Studies on the mouth parts a Comparative anatomy of the proboscis in the blood-sucking muscidae - Number 60
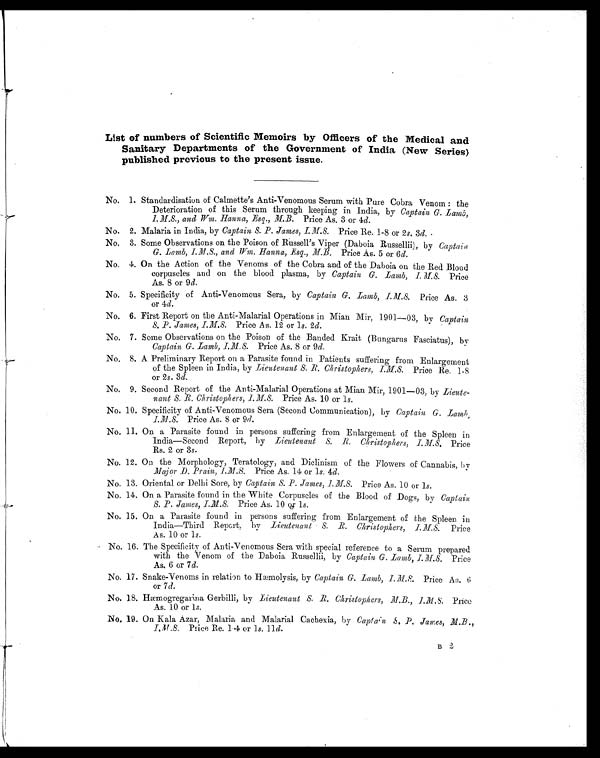
List of numbers of Scientific Memoirs by Officers of the Medical and
Sanitary Departments of the Government of India (New Series)
published previous to the present issue.
No. 1. Standardisation of Calmette's Anti-Venomous Serum with Pure Cobra Venom: the
Deterioration of this Serum through keeping in India, by Captain G. Iamb,
I. M.S., and Wm. Hanna, Esq., M.B. Price As. 3 or 4d.
No. 2. Malaria in India, by Captain S. P. James, I.M.S. Price Re. 1-8 or 2 s . 3 d.
No. 3. Some Observations on the Poison of Russell's Viper (Daboia Russellii), by Captain
G. Lamb, I.M.S., and Wm. Hanna, Esq., M B. Price As. 5 or 6d.
No. 4. On the Action of the Venoms of the Cobra and of the Daboia on the Red. Blood
corpuscles and on the blood plasma, by Captain G. Lamb, I.M.S. Price
As. 8 or 9 d.
No. 5. Specificity of Anti-Venomous Sera, by Captain G. Lamb,I.M.S.
Price As. 3
or 4d.
No. 6. First Report on the Anti-Malarial Operations in Mian Mir, 1901-03, by Captain
s. P. James, I.M.S. Price As. 12 or ls. 2d.
No. 7. Some Observations on the Poison of the Banded Krait (Bungarus Fasciatus), by
Captain G. Lamb,I M S
Price As. 8 or 9d.
No. 8. A Preliminary Report on a Parasite found in Patients suffering from Enlargement
of the Spleen in India, by lieutenant S. R. Christophers, Price Re. 1-8
or 2s. 3d.
No. 9. Second Report of the Anti-Malarial Operations at Mian Mir, 1901-03, by Lieute-
nant S. R. Christophers, I M .S. Price As. 10 or ls.
No. 10. Specificity of Anti-Venomous Sera (Second Communication), by Captain G. Lamb
I M S Price As. 8 or 9d.
No. 11. On a Parasite found in persons suffering from Enlargement of the Spleen in
India-Second Report, by lieutenant S. R. Christophers, I. M S.P r i c e
Rs. 2 or 3s.
No. 12. On the Morphology, Teratology, and Diclinism of the Flowers of Cannabis, by
Major D. Prain, I N.S Price As. 14 or 1s. 4d.
No. 13. Oriental or Delhi Sore, by Captain S. P. James, 1.M S'. Price As. 10 or ls.
No. 14. On a Parasite found in the White Corpuscles of the Blood of Dogs, by Captain
S. P. James,I M S ,
Price As. 10 or: ls.
No. 15. On a Parasite found in persons suffering from Enlargement of the Spleen in
India-Third Report, by Lieutenant S R. Christophers, I. M.S. Price
As. 10 or ls.
No. 16. The Specificity of Anti-Venomous Sera with special reference to a Serum prepared
with the Venom of the Daboia Russellii, by Captain G. Lamb, I.M.S. Price
As. 6 or 7d.
No. 17. Snake-Venoms in relation to Hæ molysis, by Captain G. Lamb, 1.M S Price As. 6
or 7d.
No. 18. Hæmogregarna Gerbilli, by Lieutenant S. R. Christophers,1.M.S. Price
As. 10 or
No. 19. On Kala Azar, Malaria and Malarial Cachexia, by Captain S. P. James, M.B
I M .S. Price Re. 1.4 or ls. 11.d.
B 2